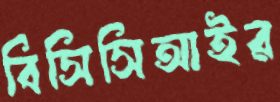
বিসিসিআইর